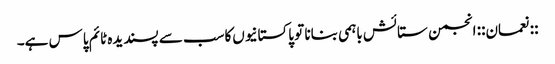
::نعمان:: انجمن ستائش باہمی بنانا تو پاکستانیوں‌کاسب سے پسندیدہ ٹائم پاس ہے۔